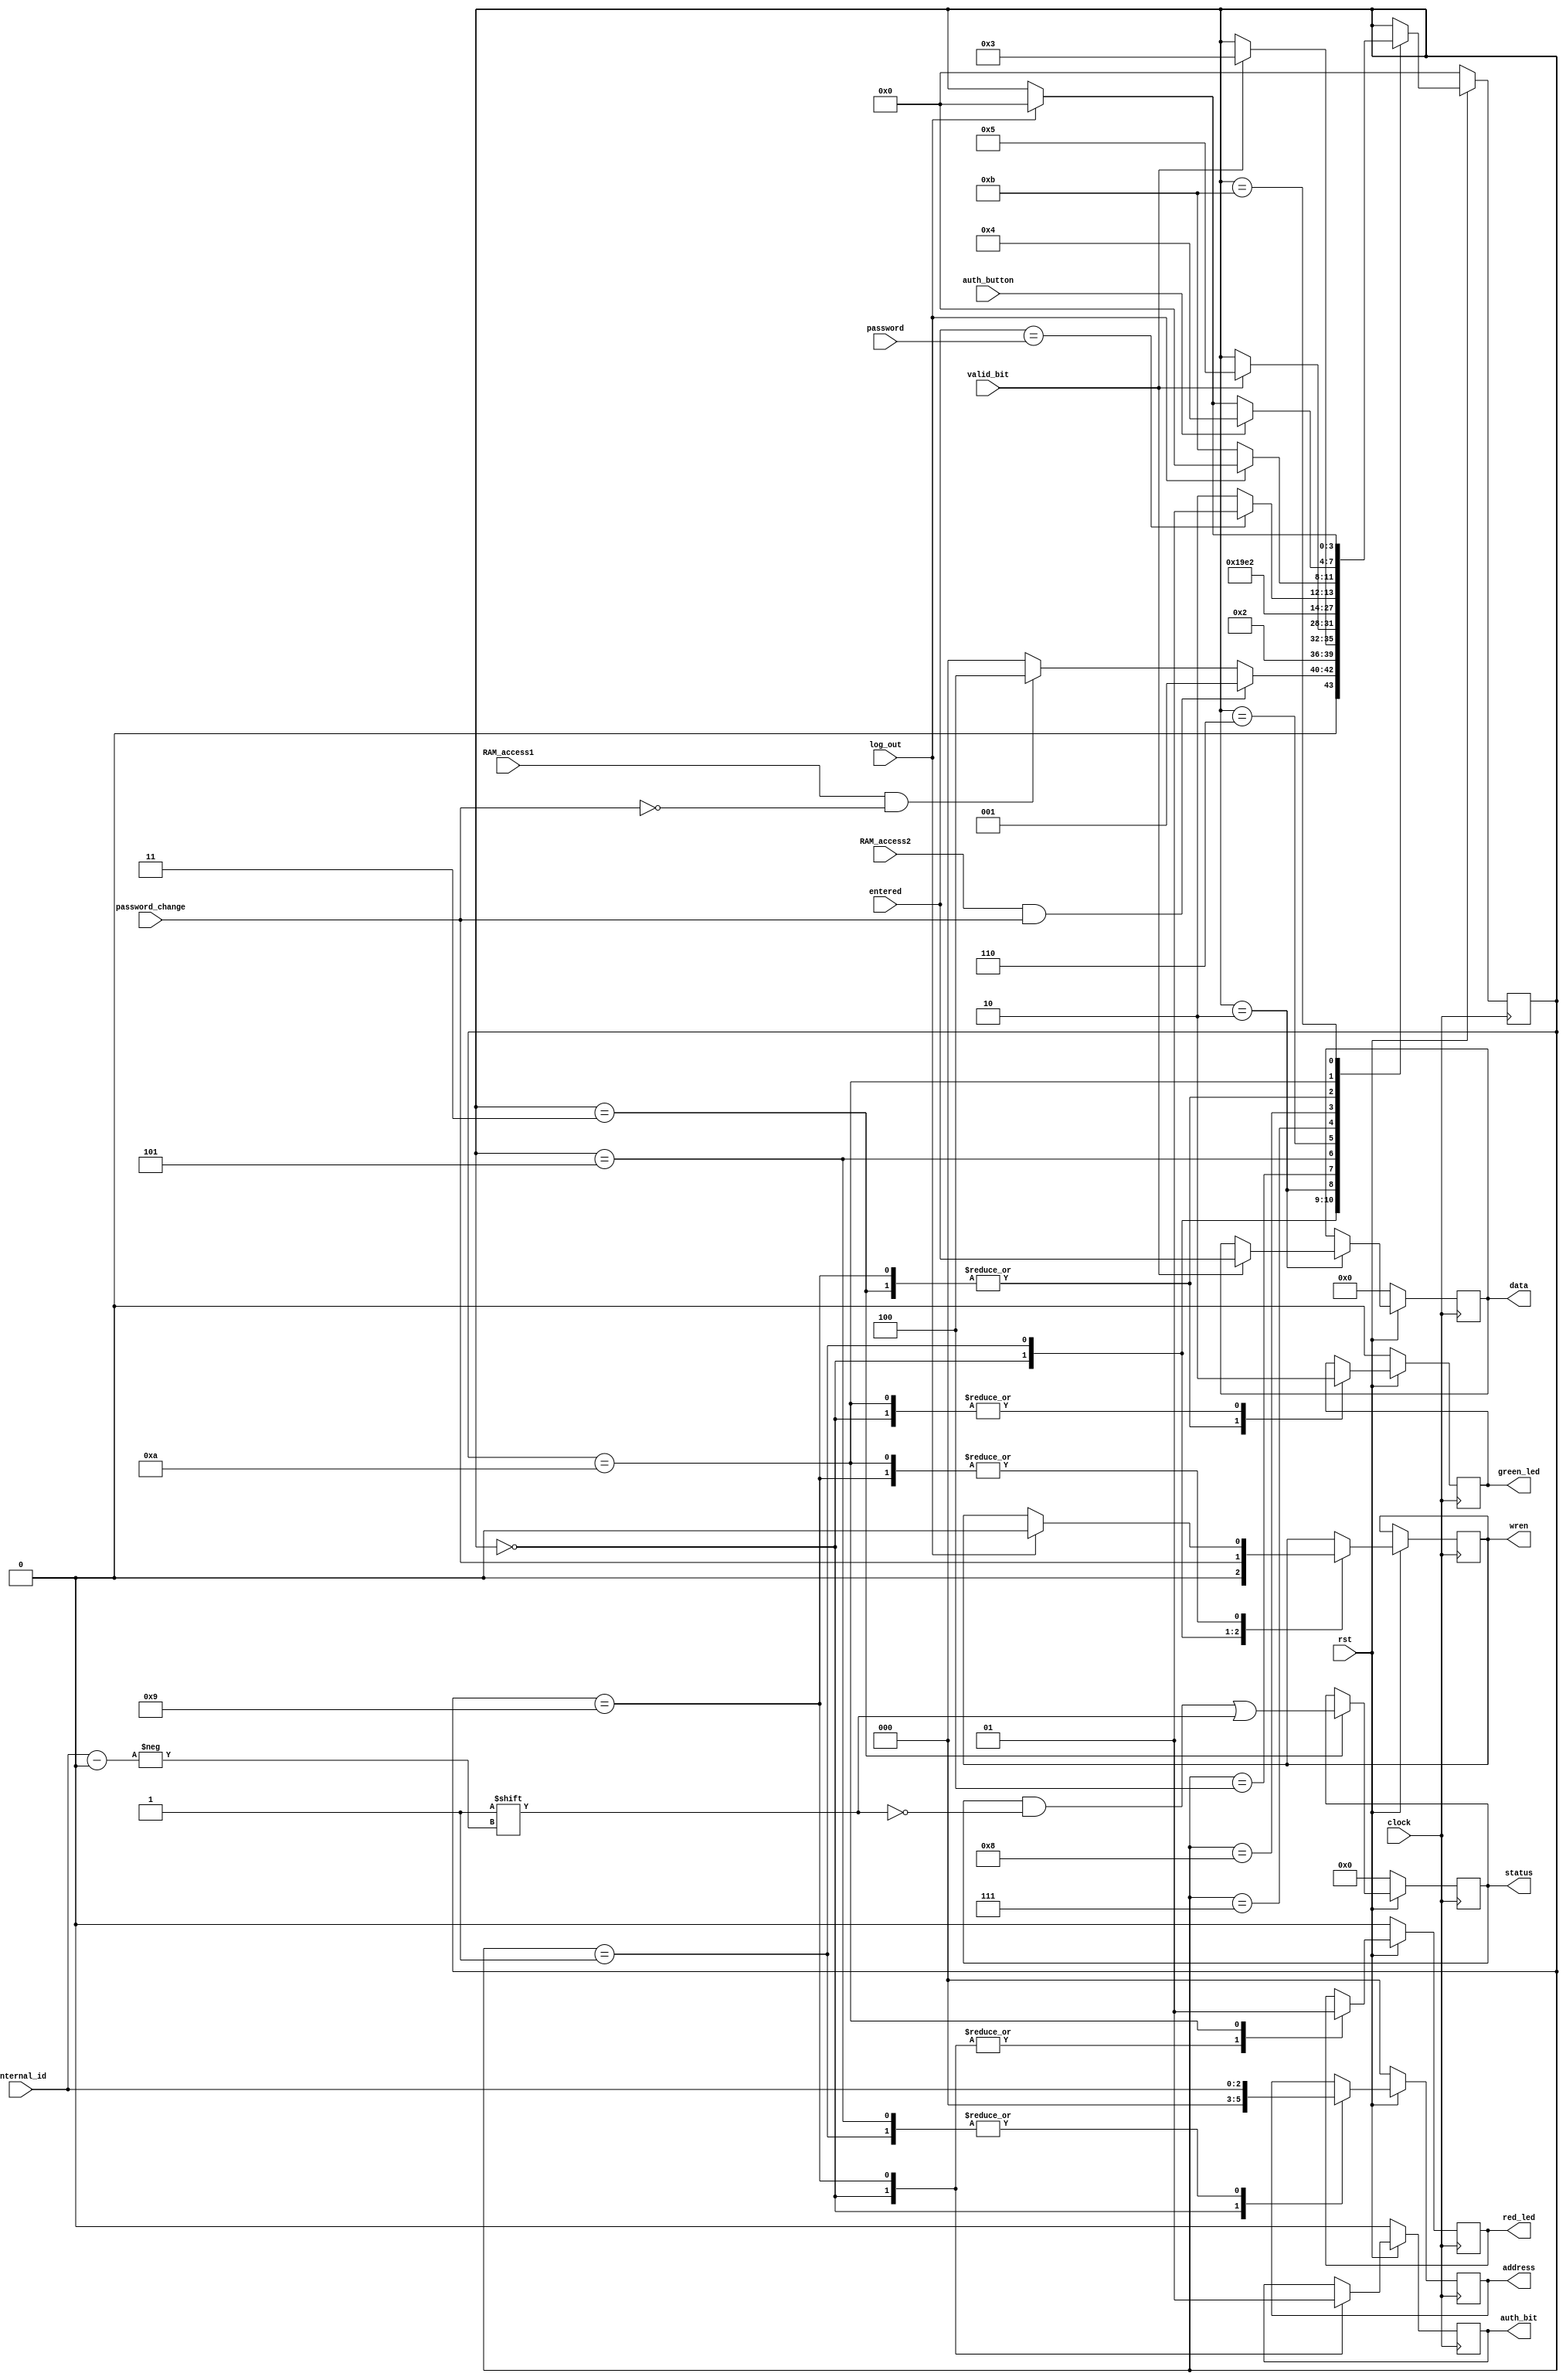
module RAM_access_control(RAM_access1,RAM_access2,password_change,internal_id,auth_button,wren,entered,valid_bit,data,address,password,status,log_out,green_led,red_led,auth_bit,clock,rst);
 input RAM_access1,RAM_access2,password_change,valid_bit,log_out,auth_button;
 input clock,rst;
 input[2:0] internal_id;
 input [15:0] entered,password;
 output reg[15:0] data;
 output reg[2:0] address;
 output reg [6:0] status;
 output reg red_led,green_led,auth_bit,wren;

 reg[3:0] state;
 parameter INIT=0,password_update=1,update=2,update_done=3,password_check=4,RAM_addr=5,delay1=6,delay2=7,compare=8,success=9,fail=10,halt=11;


always @(posedge clock)
begin
 if(rst==0)
 begin
  state<=INIT;
   red_led<=0;
   green_led<=0;
   auth_bit<=0;
   address<=3'b000;
   data<=16'b0000000000000000;
   status<=7'b0000000;
 end
 else
 begin
  case(state)
  INIT:
  begin
   red_led<=0;
   green_led<=0;
   auth_bit<=0;
   address<=3'b000;
   wren<=0;
   if(RAM_access2==1 && password_change==1)
   begin
    state<=password_update;
   end
   else if(RAM_access1==1 && password_change==0)
   begin
    state<=password_check;
   end
   else
    state<=INIT;
  end
  password_update:
  begin
   address<=internal_id;
   wren<=password_change;
   state<=update;
  end
  update:
  begin
   if(valid_bit==1)
   begin
   data<=entered;
   state<=update_done;
   end
  end
  update_done:
  begin
   green_led<=1;
   status[internal_id]<=1;
   state<=halt;
    if(log_out==1)
    begin
     state<=INIT;
    end
  end
  password_check:
  begin
   if(valid_bit==1)
   begin
    state<=RAM_addr;
   end
  end
  RAM_addr:
  begin
   address<=internal_id;
   state<=delay1;
  end
  delay1:
  begin
   state<=delay2;
  end
  delay2:
  begin
   state<=compare;
  end
  compare:
  begin
   if(entered==password)
   begin
    state<=success;
   end
   else
   begin
    state<=fail;
   end
  end
  success:
  begin
   green_led<=1;
   red_led<=0;
   auth_bit<=1;
   state<=halt;
   if(log_out==1)
   begin
    wren<=0;
    state<=INIT;
   end
  end
  fail:
  begin
   red_led<=1;
   green_led<=0;
   if(log_out==1)
   begin
    wren<=0;
    state<=INIT;
   end
  if(auth_button==1)
  begin
   state<=password_check;
  end
  end
  halt:
  begin
   if(log_out==1)
   begin
    state<=INIT;
   end
   
  end
  endcase
 end
end
endmodule